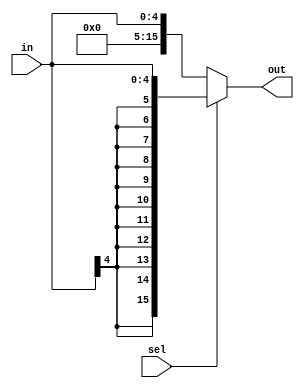
module ext_mod5_16(out, sel, in);
    input [4:0] in;
    input sel;
    output [15:0] out;
    
    assign out = sel ? {{11{in[4]}}, {in}} : {{11{1'b0}}, {in}};

endmodule